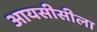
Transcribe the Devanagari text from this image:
आयसीसीला